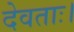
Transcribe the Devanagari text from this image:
देवताः।